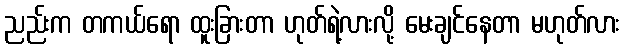
ညည်းက တကယ်ရော ထူးခြားတာ ဟုတ်ရဲ့လားလို့ မေးချင်နေတာ မဟုတ်လား